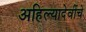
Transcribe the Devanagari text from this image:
अहिल्यादेवींचे